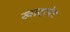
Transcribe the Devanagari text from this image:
खादरपेट